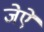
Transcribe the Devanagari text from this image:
जेऐ